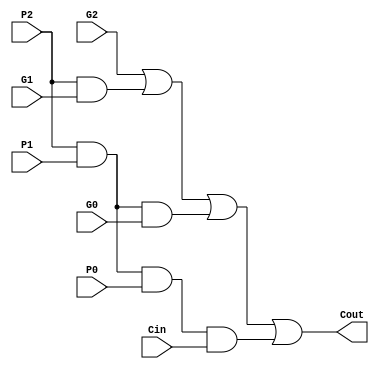
module la_t3(G0, G1, G2, P0, P1, P2, Cin, Cout);
	input G0, G1, G2, P0, P1, P2, Cin;
	output Cout;
	wire P2P1P0Cin;
	and P2P1P0Cin_and(P2P1P0Cin, P2, P1, P0, Cin);
	wire P2P1G0;
	and P2P1G0_and(P2P1G0, P2, P1, G0);
	wire P2G1;
	and P2G1_and(P2G1, P2, G1);
	or Cout_or(Cout, G2, P2G1, P2P1G0, P2P1P0Cin);
endmodule